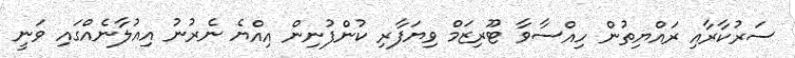
ސަރުކާރާއި ރައްޔިތުން ހިއްސާވާ ޓޫރިޒަމް ވިޔަފާރި ކުންފުނިން އިއްޔެ ނެރުނު އިއުލާނެއްގައި ވަނީ